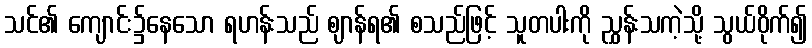
သင်၏ ကျောင်း၌နေသော ရဟန်းသည် ဈာန်ရ၏ စသည်ဖြင့် သူတပါးကို ညွှန်းသကဲ့သို့ သွယ်ဝိုက်၍